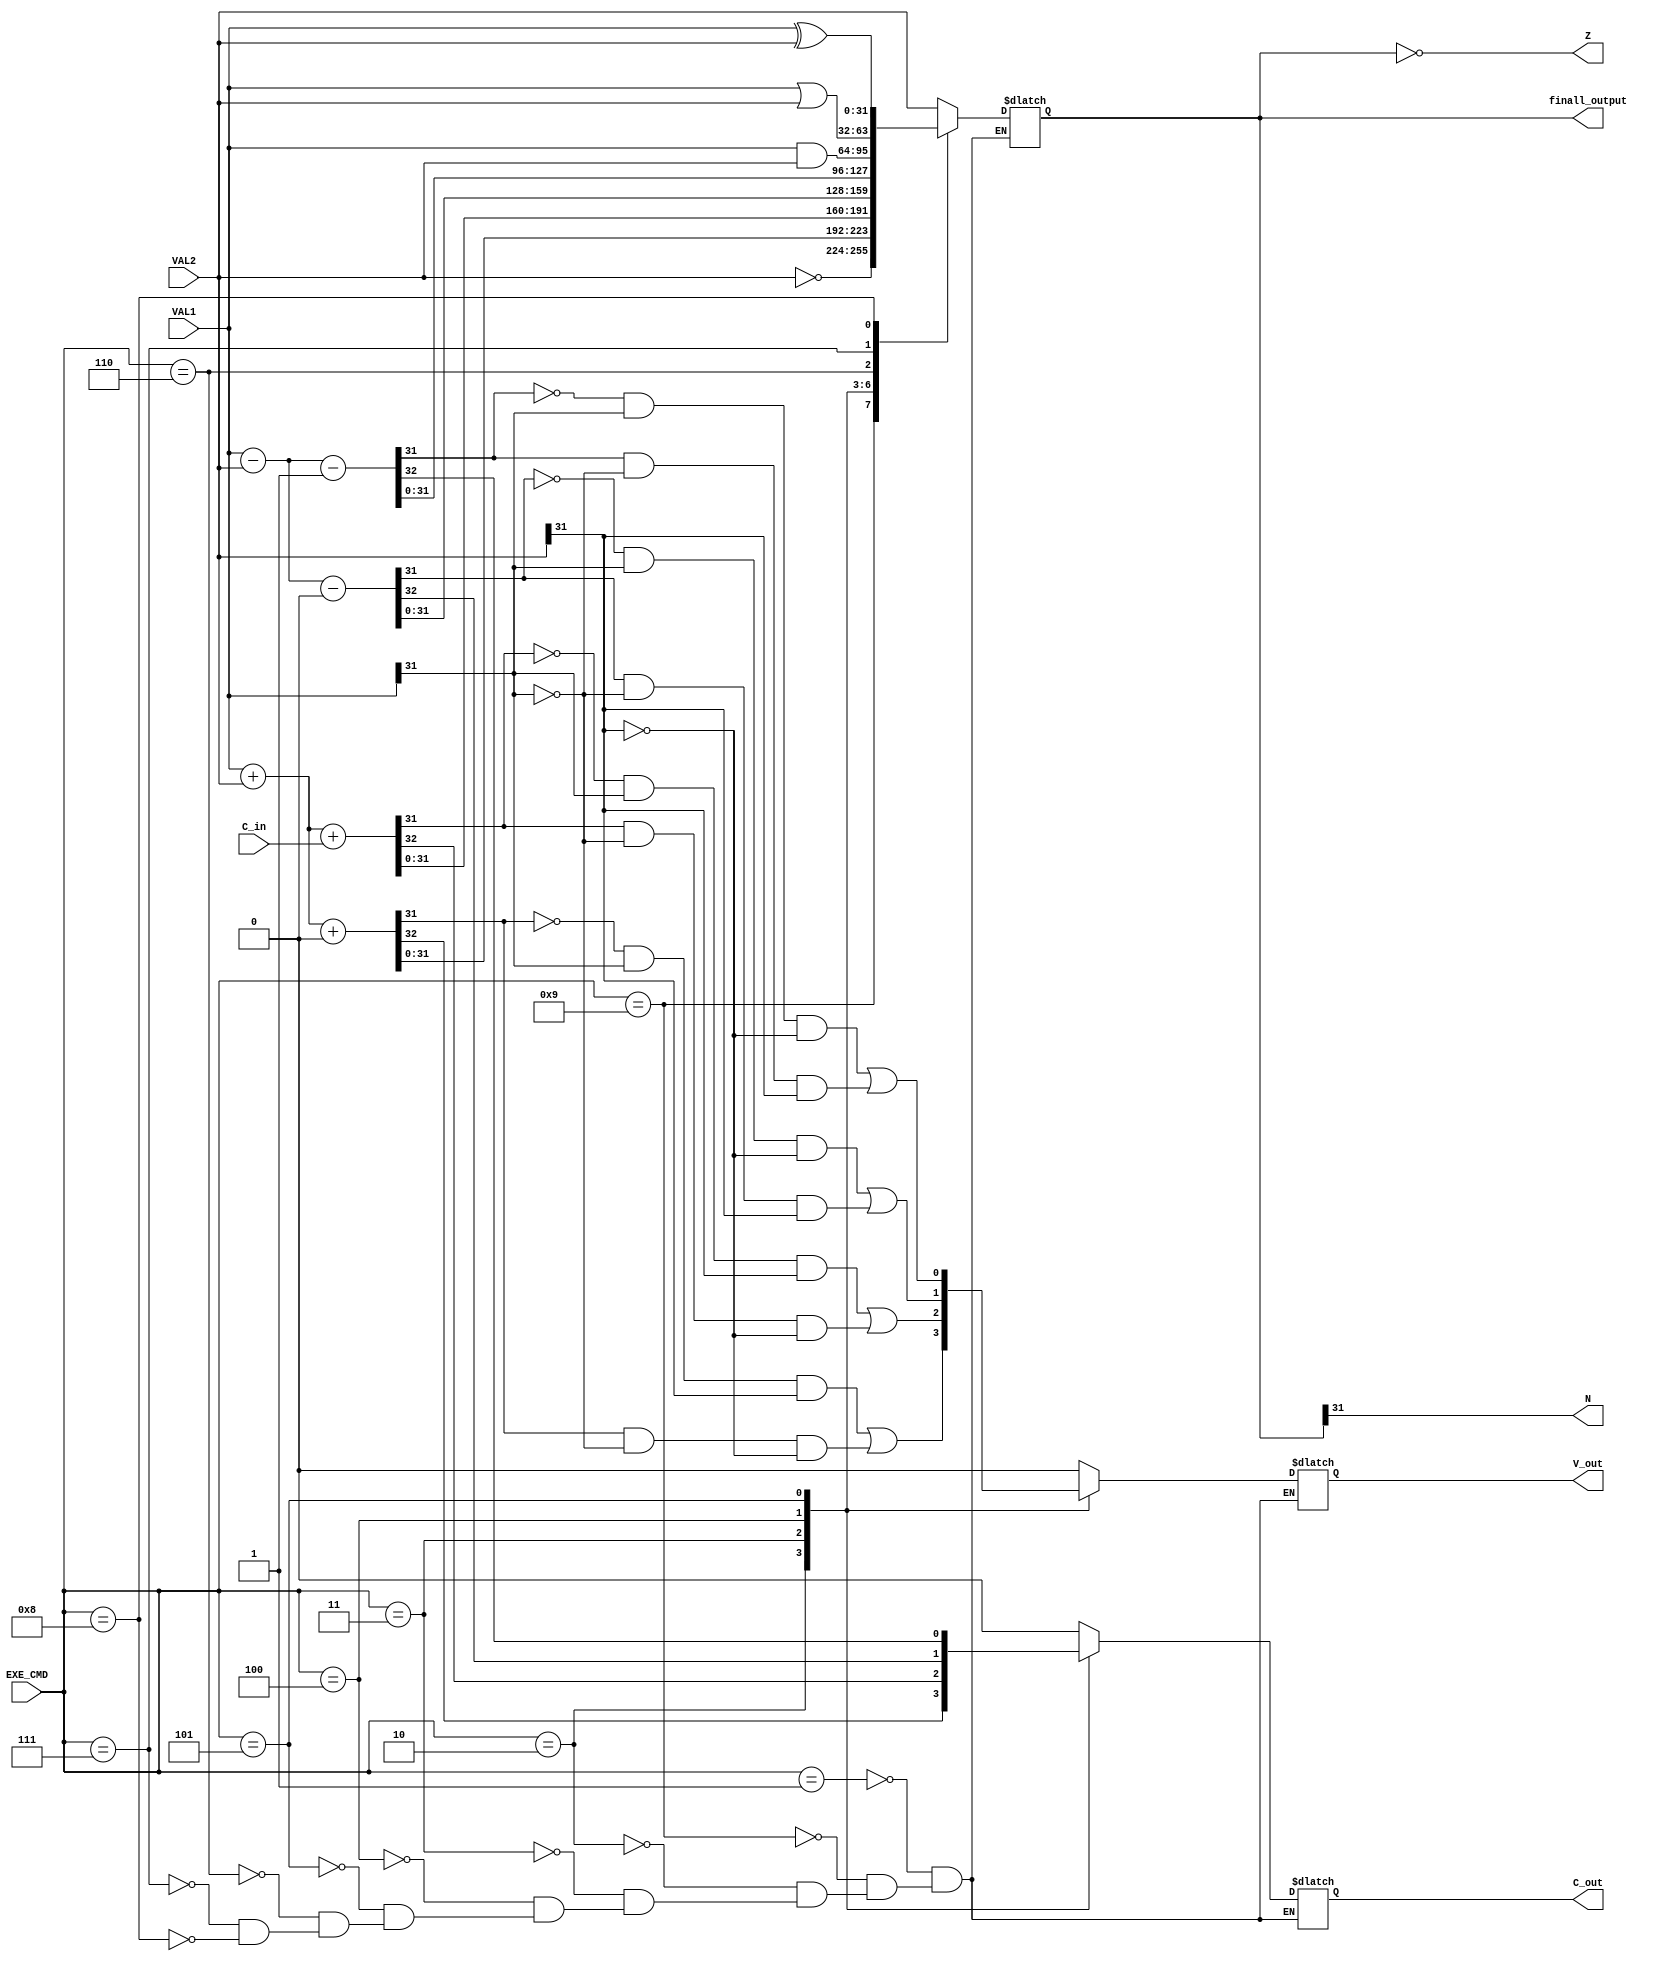
module ALU(input [31 : 0] VAL1, VAL2, input C_in, input [3 : 0] EXE_CMD, output reg [31 : 0] finall_output, output reg C_out, V_out, output N,output  Z);
    wire [31:0] finall_output1, finall_output2, finall_output3, finall_output4;
    wire C_out1, C_out2, C_out3, C_out4;
    wire V_out1, V_out2, V_out3, V_out4;
	reg zz;
	assign {C_out1, finall_output1} = VAL1 + VAL2 + 1'b0;
	assign V_out1 = ((~finall_output1[31])&VAL1[31]&VAL2[31])|(finall_output1[31]&(~VAL1[31])&(~VAL2[31]));
	assign {C_out2, finall_output2} = VAL1 + VAL2 + C_in;
	assign V_out2 = ((~finall_output2[31])&VAL1[31]&VAL2[31])|(finall_output2[31]&(~VAL1[31])&(~VAL2[31]));
	assign {C_out3, finall_output3} = VAL1 - VAL2 - 1'b0;
	assign V_out3 = ((~finall_output3[31])&VAL1[31]&(~VAL2[31]))|(finall_output3[31]&(~VAL1[31])&(VAL2[31]));
	assign {C_out4, finall_output4} = VAL1 - VAL2 - 1'b1;
	assign V_out4 = ((~finall_output4[31])&VAL1[31]&(~VAL2[31]))|(finall_output4[31]&(~VAL1[31])&(VAL2[31]));
    always @(VAL1, VAL2, EXE_CMD) begin
        case(EXE_CMD)
            4'b0001: begin finall_output <= VAL2; C_out <= 0; V_out <= 0; end
            4'b1001: begin finall_output <= ~VAL2; C_out <= 0; V_out <= 0; end
            4'b0010: begin C_out <= C_out1; finall_output <= finall_output1; V_out <= V_out1; end
            4'b0011: begin C_out <= C_out2; finall_output <= finall_output2; V_out <= V_out2; end
            4'b0100: begin C_out <= C_out3; finall_output <= finall_output3; V_out <= V_out3; end
            4'b0101: begin C_out <= C_out4; finall_output <= finall_output4; V_out <= V_out4; end
            4'b0110: begin finall_output <= VAL1 & VAL2; C_out <= 0; V_out <= 0; end
            4'b0111: begin finall_output <= VAL1 | VAL2; C_out <= 0; V_out <= 0; end
            4'b1000: begin finall_output <= VAL1 ^ VAL2; C_out <= 0; V_out <= 0; end
        endcase 
    end
    assign N = finall_output[31];
	always @(*) begin
		if(finall_output == 0)begin
			zz <= 1;
		end
		if(finall_output == 1)begin
			zz <= 0;
		end
	end
	
    assign Z = (finall_output == 0);
endmodule